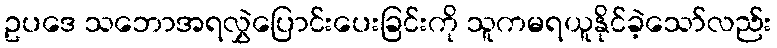
ဥပဒေ သဘောအရလွှဲပြောင်းပေးခြင်းကို သူကမရယူနိုင်ခဲ့သော်လည်း